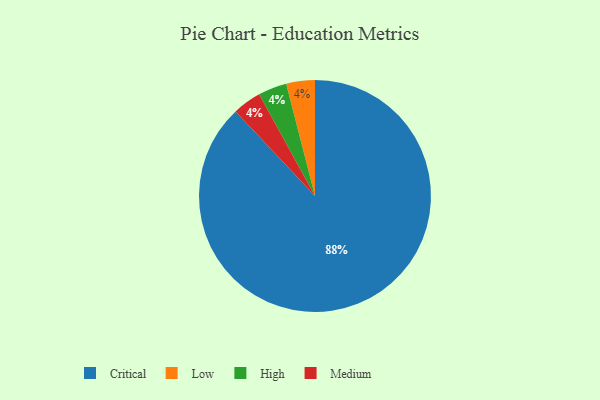
{"axis": {"x": "Category", "y": "Percentage"}, "legend": ["Critical", "High", "Low", "Medium"], "data": [{"x": "Low", "y": 4, "type": "Low"}, {"x": "Critical", "y": 88, "type": "Critical"}, {"x": "High", "y": 4, "type": "High"}, {"x": "Medium", "y": 4, "type": "Medium"}]}